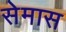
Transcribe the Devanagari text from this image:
सेमास